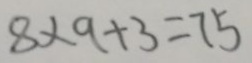
8 \times 9 + 3 = 7 5